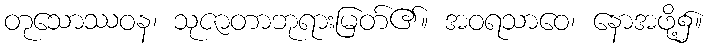
တုသောဿဝန၊ သုဇာတာဘုရားမြတ်၏။ အဝရသာဝေ၊ နောအဖို့၌။